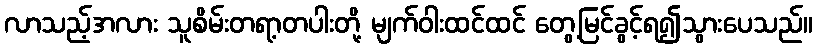
လာသည့်အလား သူစိမ်းတရာ့တပါးတို့ မျက်ဝါးထင်ထင် တွေ့မြင်ခွင့်ရ၍သွားပေသည်။